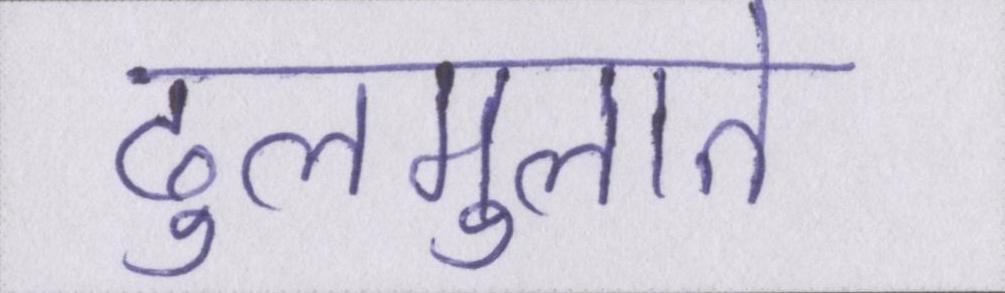
ढुलमुलाते